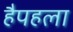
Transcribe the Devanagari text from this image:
हैपहला